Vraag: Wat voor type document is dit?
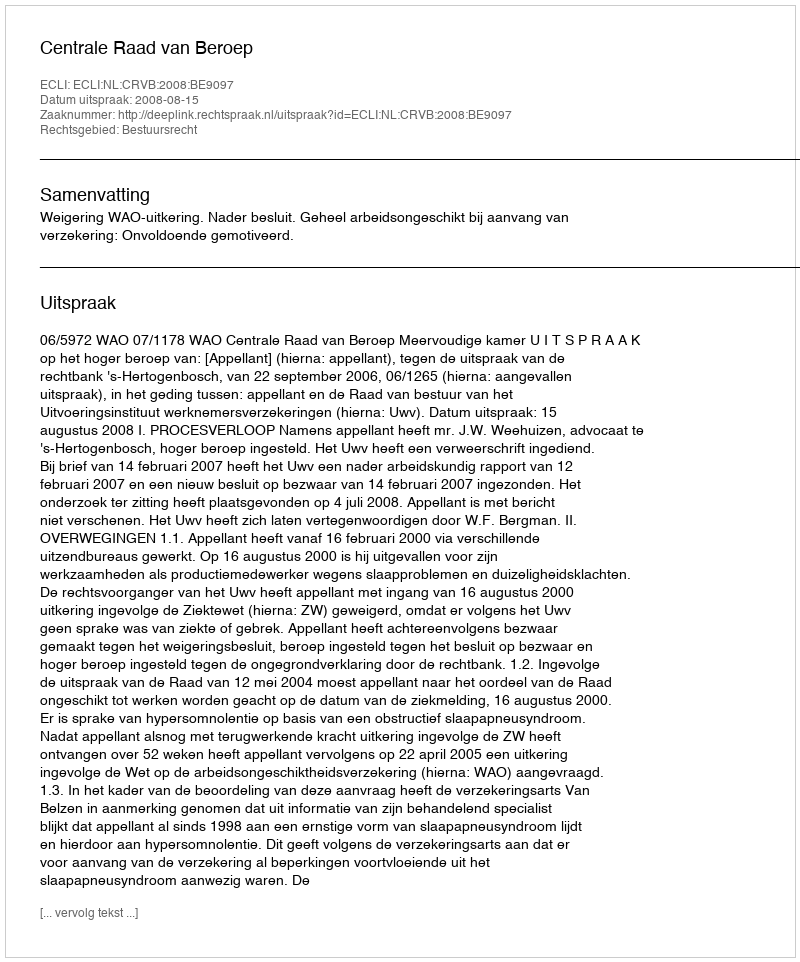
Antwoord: Uitspraak